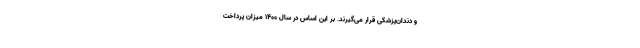
و دندان‌پزشکی قرار می‌گیرند. بر این اساس در سال ۱۴۰۰ میزان پرداخت